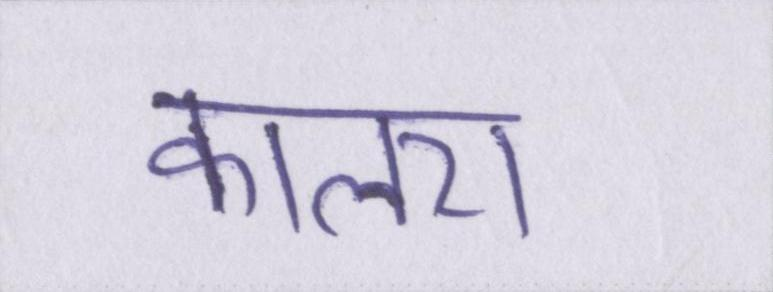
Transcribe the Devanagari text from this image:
कालरा